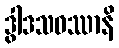
ဒွါဒသဝဿာနိ